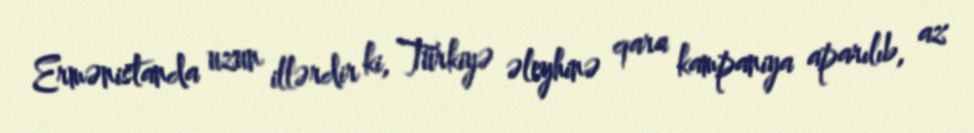
Ermənistanda uzun illərdir ki, Türkiyə əleyhinə qara kampaniya aparılıb, az